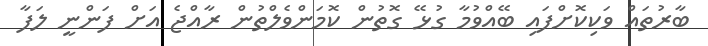
ބާރުތައް ވަކިކޮށްފައި ބޭއްވުމާ ގުޅޭ ގޮތުން ކޮމަންވެލްތުން ރާއްޖެ އަށް ފަންނީ ލަފާ